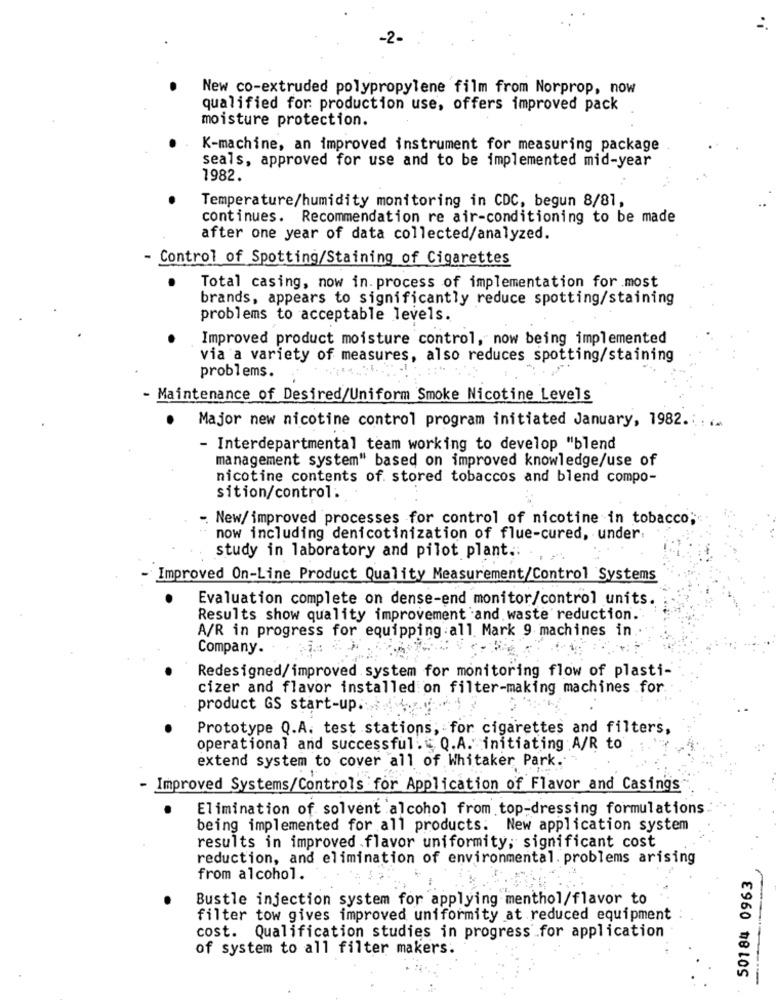
:
-2-
New co-extruded polypropylene film from Norprop, now
qualified for production use, offers improved pack
moisture protection.
K-machine, an improved instrument for measuring package
seals, approved for use and to be implemented mid-year
1982.
Temperature/humidity monitoring in CDC, begun 8/81,
continues. Recommendation re air-conditioning to be made
after one year of data collected/analyzed.
- Control of Spotting/Staining of Cigarettes
Total casing, now in. process of implementation for most
brands, appears to significantly reduce spotting/staining
problems to acceptable levels.
Improved product moisture control, now being implemented
via a variety of measures, also reduces spotting/staining
problems.
- Maintenance of Desired/Uniform Smoke Nicotine Levels
Major new nicotine control program initiated January, 1982 .. . ..
- Interdepartmental team working to develop "blend
management system" based on improved knowledge/use of
nicotine contents of. stored tobaccos and blend compo-
sition/control.
-. New/ improved processes for control of nicotine in tobacco
now including denicotinization of flue-cured, under.
study in laboratory and pilot plant .:
Improved On-Line Product Quality Measurement/Control Systems
Evaluation complete on dense-end monitor/control units.
Results show quality improvement and waste reduction.
A/R in progress for equipping all. Mark 9. machines in.
Company.
Redesigned/improved system for monitoring flow of plasti-
cizer and flavor installed on filter-making machines .for
product GS start-up .:..
Prototype Q.A. test stations, for cigarettes and filters,
operational and successful. Q.A. initiating A/R to
extend system to cover all of Whitaker Park.
Improved Systems/Controls for Application of Flavor and Casings
Elimination of solvent alcohol from top-dressing formulations
being implemented for all products. New application system
results in improved flavor uniformity; significant cost
reduction, and elimination of environmental. problems arising
50184 0963
from alcohol.
Bustle injection system for applying menthol/flavor to
filter tow gives improved uniformity at reduced equipment
cost. Qualification studies in progress for application
of system to all filter makers.